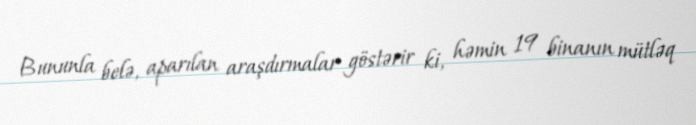
Bununla belə, aparılan araşdırmalar göstərir ki, həmin 19 binanın mütləq